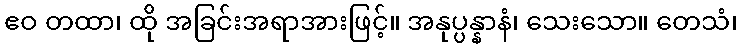
ဧဝ တထာ၊ ထို အခြင်းအရာအားဖြင့်။ အနုပ္ပန္နာနံ၊ သေးသော။ တေသံ၊